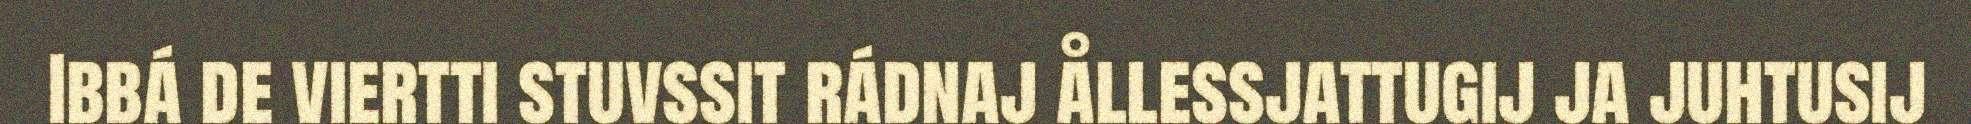
Ibbá de viertti stuvssit rádnaj ållessjattugij ja juhtusij